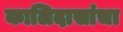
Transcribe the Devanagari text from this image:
कालिदासांचा